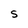
Character: S